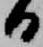
日